Elephants and their diseases
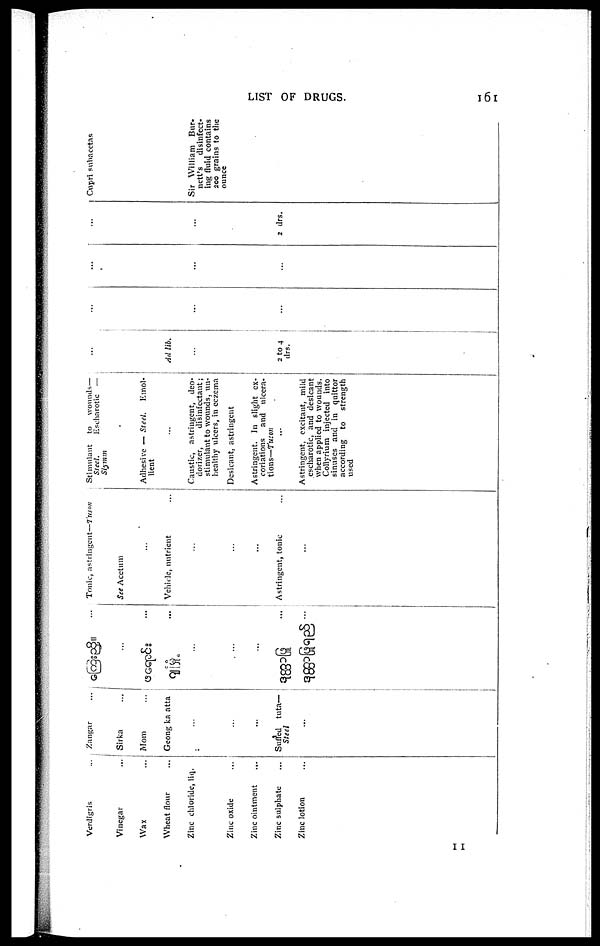
LIST OF DRUGS.
161
Verdigris
Vinegar
Wax
Wheat flour
Zinc chloride, liq.
Zinc oxide
Zinc ointment
...
Zinc sulphate
Zinc lotion
Zangar
Sirka
Mom
Geong ka atta
..
...
...
Suffed
tuta—
Steel
...
...
...
...
Tonic, astringent—Tuson
See Acetum
...
Vehicle, nutrient
...
...
...
Astringent, tonic
...
Stimulant
to
wounds—
Steel.
Escharotic —
Slytmm
Adhesive — Steel,
Emol-
lient
Caustic, astringent, deo-
dorizer,
disinfectant;
stimulant to wounds, un-
healthy ulcers, in eczema
Desicant, astringent
Astringent. In slight ex-
coriations
and ulcera-
tions— Tuson
...
Astringent, excitant, mild
escharotic, and desicant
when applied to wounds.
Collyrium injected into
sinuses and in quittor
according to
strength
used
...
Ad lib.
...
2 to 4
drs.
...
...
....
...
...
...
...
...
2 drs.
Cnpri subacetas
Sir William Bur ¬net t ' s disinfect
ing f l u i d c o n t a i n ¬ 2 0 0 grains to the
ounce
11